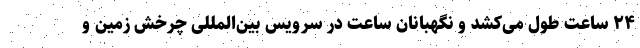
۲۴ ساعت طول می‌کشد و نگهبانان ساعت در سرویس بین‌المللی چرخش زمین و